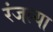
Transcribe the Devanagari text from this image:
रंजल्या